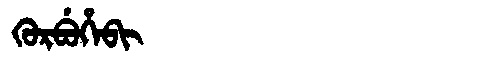
Manchu: ᡴᡠᡵᠪᡠᡥᡝᠪᡳ
Romanization: KURBUHEBI